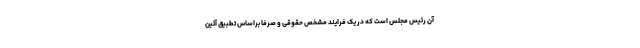
آن رئیس مجلس است که در یک فرایند مشخص حقوقی و صرفا براساس تطبیق آئین